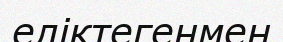
еліктегенмен